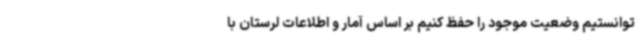
توانستیم وضعیت موجود را حفظ کنیم بر اساس آمار و اطلاعات لرستان با